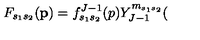
F _ { s _ { 1 } s _ { 2 } } ( \mathbf { p } ) = f _ { s _ { 1 } s _ { 2 } } ^ { J - 1 } ( p ) Y _ { J - 1 } ^ { m _ { s _ { 1 } s _ { 2 } } } (